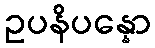
ဥပနိပန္နော